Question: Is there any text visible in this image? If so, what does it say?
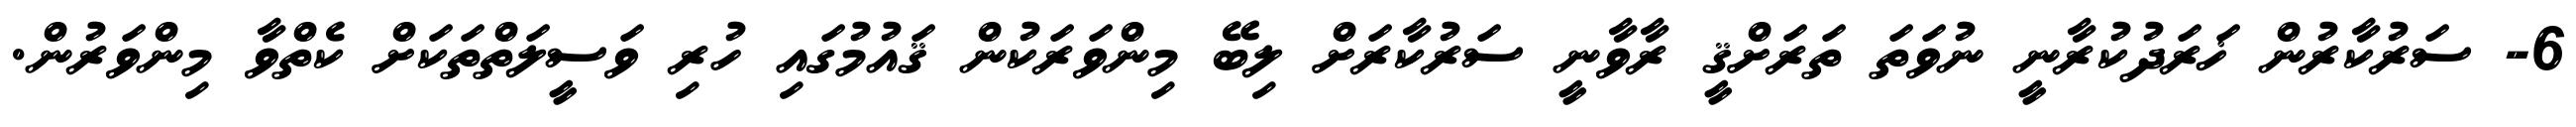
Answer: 6- ސަރުކާރުން ޚަރަދުކުރާނީ ނުވަތަ ތަރަށްޤީ ރާވާނީ ސަރުކާރަށް ލިބޭ މިންވަރަކުން ޤައުމުގައި ހުރި ވަސީލަތްތަކަށް ކެތްވާ މިންވަރުން.